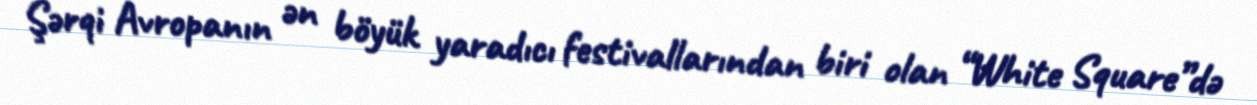
Şərqi Avropanın ən böyük yaradıcı festivallarından biri olan “White Square”də